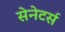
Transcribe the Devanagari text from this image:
सेनेटर्स